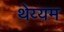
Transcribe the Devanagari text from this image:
थेय्यम